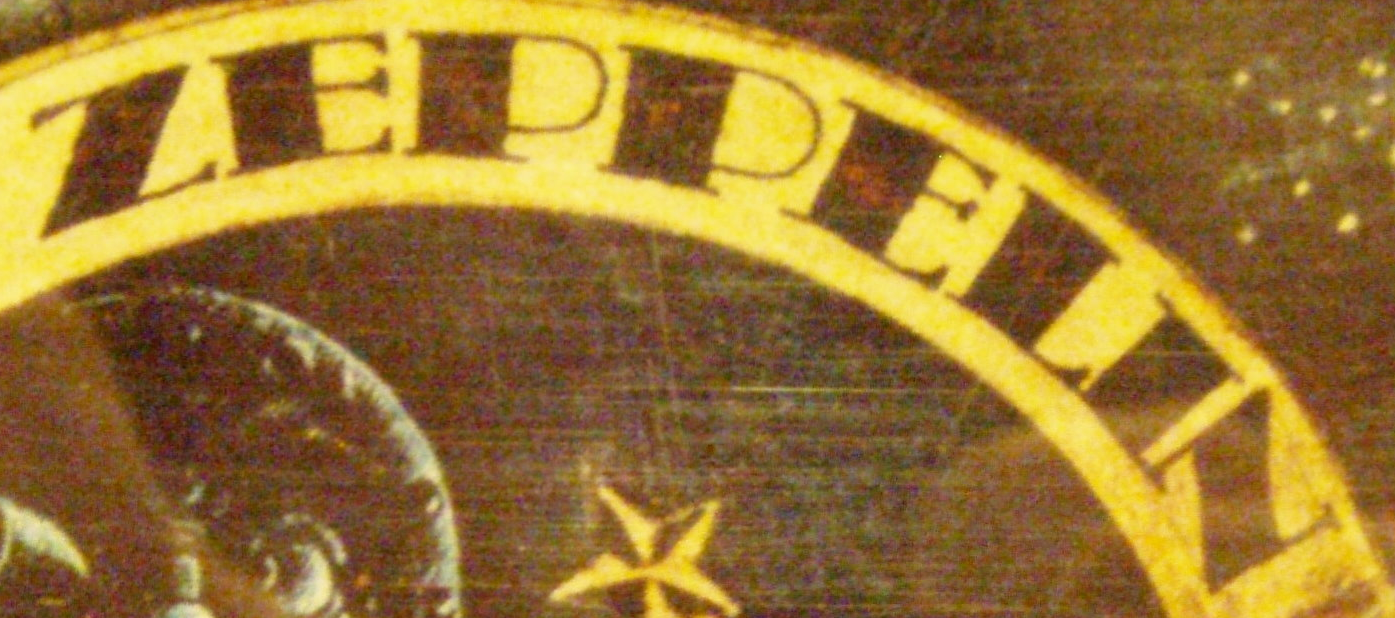
ZEPPELIN